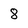
Character: 8